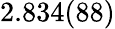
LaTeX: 2.834(88)